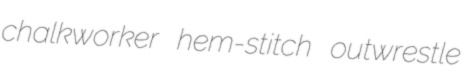
chalkworker hem-stitch outwrestle